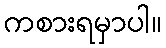
ကစားရမှာပါ။